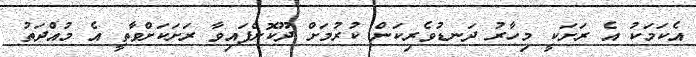
އެކަމަކު އެ ރަށަކީ މިހާރު ދަނޑުވެރިކަން ކުރުމަށް ދޫކޮށްފައިވާ ރަށަކަށްވާތީ އެ މުއްދަތު